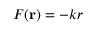
F ( \mathbf { r } ) = - k r